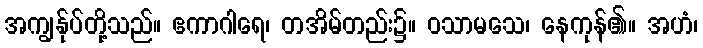
အကျွန်ုပ်တို့သည်။ ဧကာဂါရေ၊ တအိမ်တည်း၌။ ဝသာမသေ၊ နေကုန်၏။ အဟံ၊